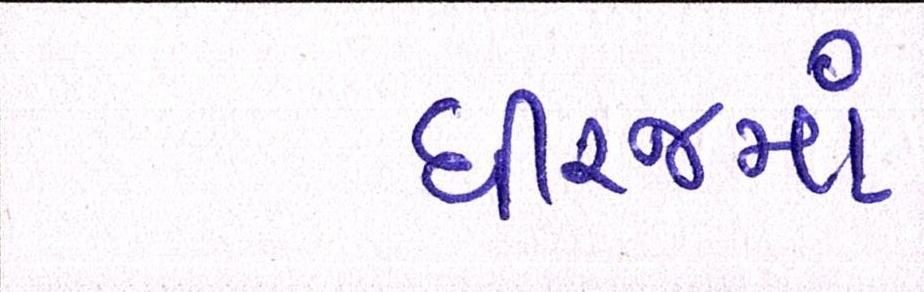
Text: ધીરજમાં